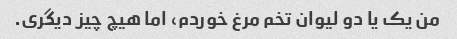
من یک یا دو لیوان تخم مرغ خوردم، اما هیچ چیز دیگری.